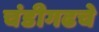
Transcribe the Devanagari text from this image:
चंडीगढचे